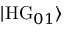
| \mathrm { H G } _ { 0 1 } \rangle